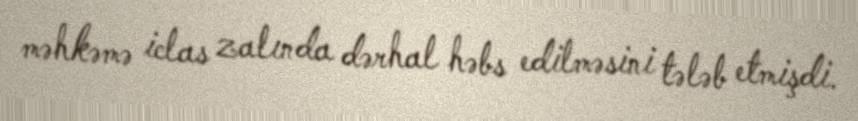
məhkəmə iclas zalında dərhal həbs edilməsini tələb etmişdi.